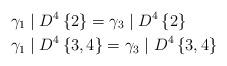
LaTeX: \begin{align*}\gamma_{1} & \mid D^{4}\left\{ 2\right\} =\gamma_{3}\mid D^{4}\left\{2\right\} \\\gamma_{1} & \mid D^{4}\left\{ 3,4\right\} =\gamma_{3}\mid D^{4}\left\{3,4\right\} \end{align*}